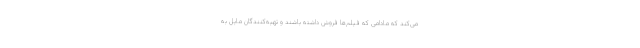
می‌کند که مادامی که فیلم‌ها فروش داشته باشند و تهیه‌کنندگان مایل به